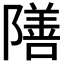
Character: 𮥣